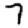
Digit: 7